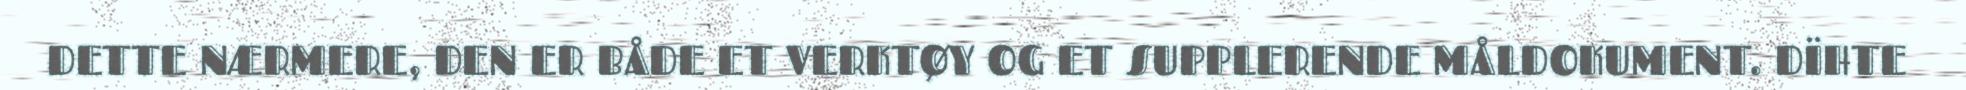
DETTE NÆRMERE, DEN ER BÅDE ET VERKTØY OG ET SUPPLERENDE MÅLDOKUMENT. DÏHTE